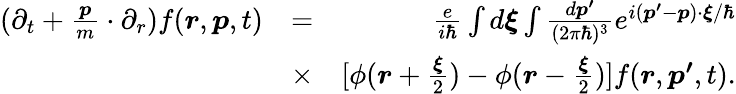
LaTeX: \begin{array}{rlr}{(\partial_{t}+\frac{\boldsymbol{p}}{m}\cdot\partial_{r})f(\boldsymbol{r},\boldsymbol{p},t)}&{=}&{\frac{e}{i\hbar}\int d\boldsymbol{\xi}\int\frac{d\boldsymbol{p^{\prime}}}{(2\pi\hbar)^{3}}e^{i(\boldsymbol{p^{\prime}}-\boldsymbol{p})\cdot\boldsymbol{\xi}/\hbar}}\\ &{\times}&{[\phi(\boldsymbol{r}+\frac{\boldsymbol{\xi}}{2})-\phi(\boldsymbol{r}-\frac{\boldsymbol{\xi}}{2})]f(\boldsymbol{r},\boldsymbol{p^{\prime}},t).}\end{array}